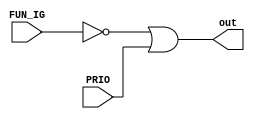
module atv_PRIO (PRIO, FUN_IG, out);
   input PRIO, FUN_IG; // ENTRADAS DO MODULO RELACIONADAS A PRIORIDADE ENTRE OS PERFIS E SE AS FUNCIONALIDADES ESCOLHIDAS FORAM IGUAIS
   output out; // SAIDA DO MODULO RELACIONADA A SE A PRIORIDADE VAI SER ATIVADA OU NO NO MODULO
	wire FUN_IG_not; // FIO USADO PARA INVERSO DO VALOR DA ENTRADA DE FUNCIONALIDADES IGUAIS
	
	// PORTA INVERSORA PARA A ENTRADA FUN_IG
	not FUN_IG_inv (FUN_IG_not, FUN_IG);
	
	// PORTA LOGICA OR PARA GERAR A UNICA SAIDA DO MODULO
	or Out (out, FUN_IG_not, PRIO);
	
endmodule